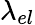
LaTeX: \lambda_{el}